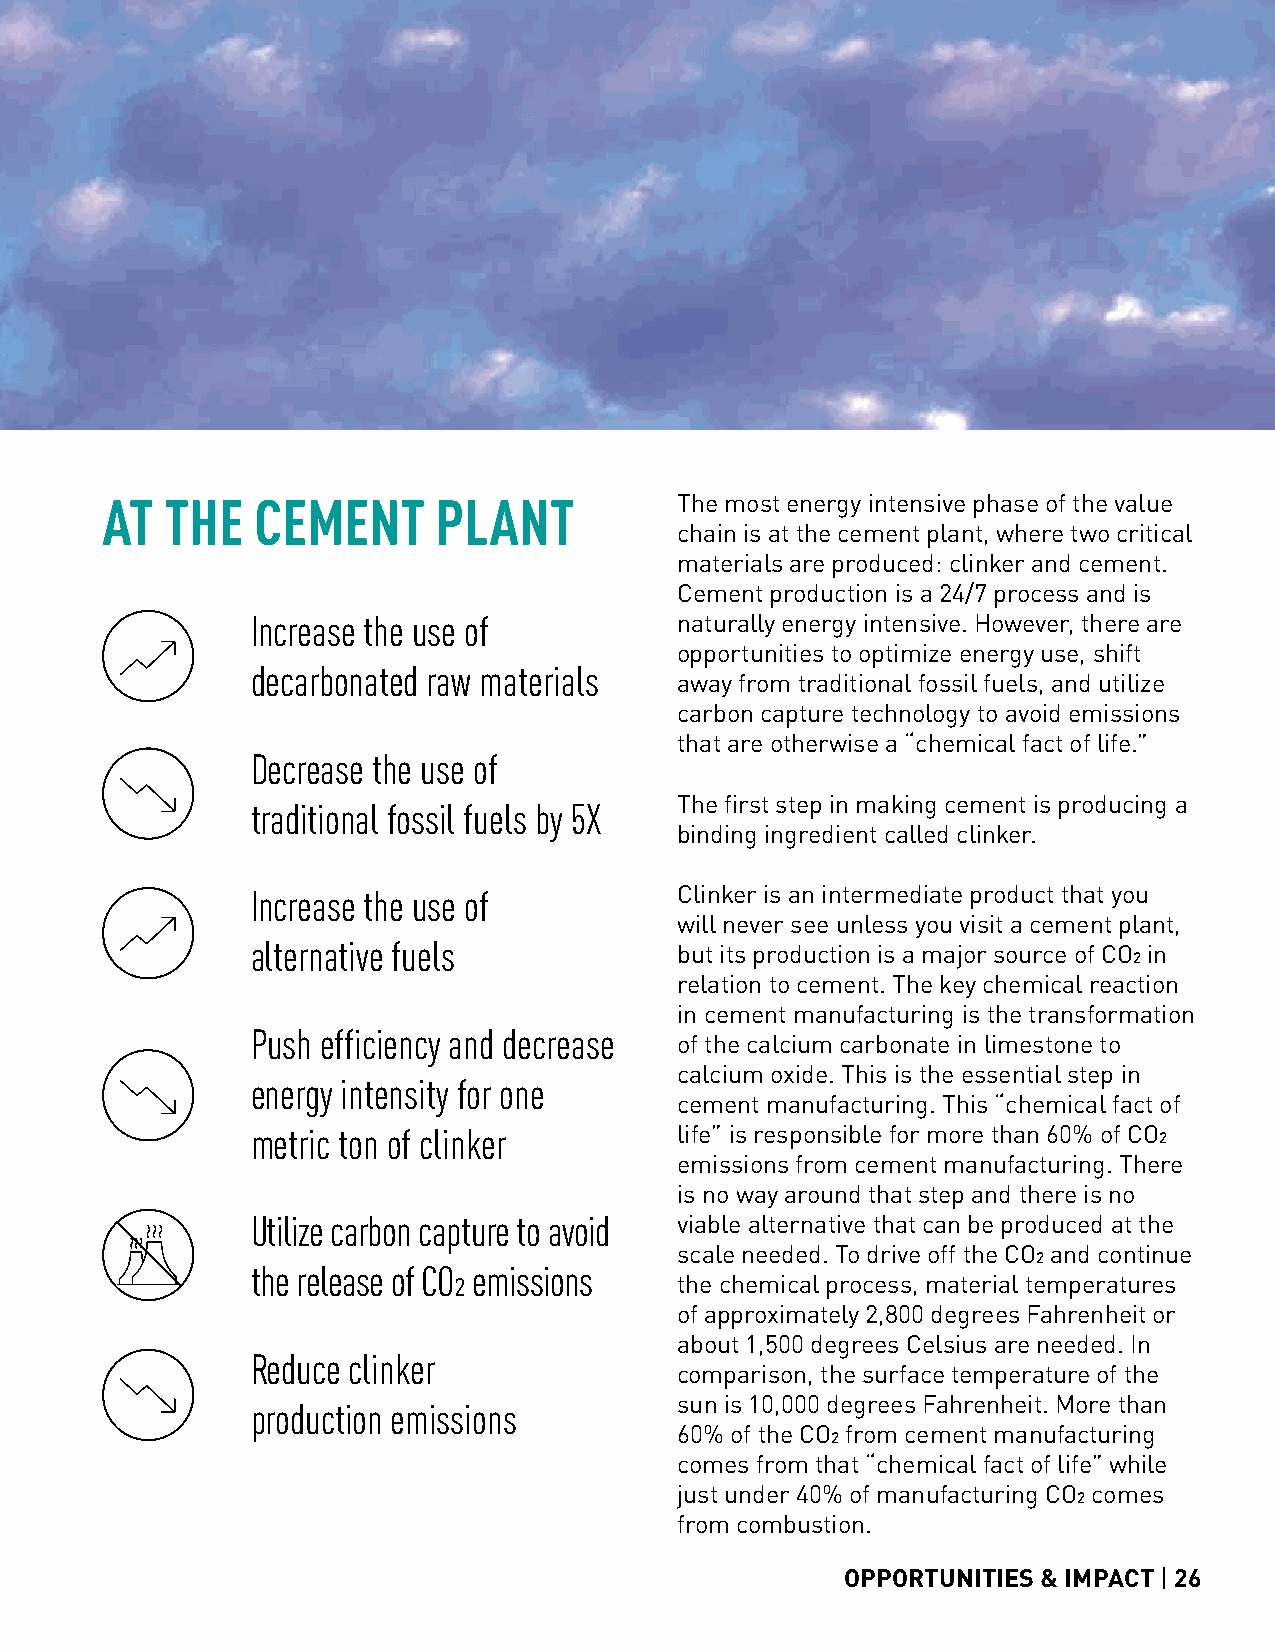
AT  THE   CEMENT      PLANT           The most energy intensive phase of the value
 chain is at the cement plant, where two critical
 materials are produced: clinker and cement.
 Cement production is a 24/7 process and is
 Increase the use of         naturally energy intensive. However, there are
 opportunities to optimize energy use, shift
 decarbonated raw materials
 away from traditional fossil fuels, and utilize
 carbon capture technology to avoid emissions
 that are otherwise a “chemical fact of life.”
 Decrease the use of
 The first step in making cement is producing a
 traditional fossil fuels by 5X
 binding ingredient called clinker.
 Increase the use of         Clinker is an intermediate product that you
 will never see unless you visit a cement plant,
 alternative fuels           but its production is a major source of CO2 in
 relation to cement. The key chemical reaction
 in cement manufacturing is the transformation
 Push efficiency and decrease
 of the calcium carbonate in limestone to
 calcium oxide. This is the essential step in
 energy intensity for one
 cement manufacturing. This “chemical fact of
 metric ton of clinker       life” is responsible for more than 60% of CO2
 emissions from cement manufacturing. There
 is no way around that step and there is no
 Utilize carbon capture to avoid viable alternative that can be produced at the
 scale needed. To drive off the CO2 and continue
 the release of CO2 emissions
 the chemical process, material temperatures
 of approximately 2,800 degrees Fahrenheit or
 about 1,500 degrees Celsius are needed. In
 Reduce clinker
 comparison, the surface temperature of the
 sun is 10,000 degrees Fahrenheit. More than
 production emissions
 60% of the CO2 from cement manufacturing
 comes from that “chemical fact of life” while
 just under 40% of manufacturing CO2 comes
 from combustion.
 OPPORTUNITIES & IMPACT | 26